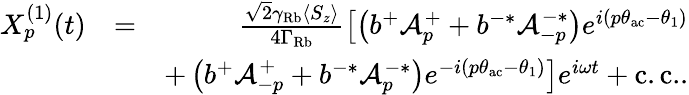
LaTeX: \begin{array}{rlr}{X_{p}^{(1)}(t)}&{=}&{\frac{\sqrt{2}\gamma_{\mathrm{Rb}}\langle S_{z}\rangle}{4\Gamma_{\mathrm{Rb}}}\left[\left(b^{+}\mathcal{A}_{p}^{+}+b^{-*}\mathcal{A}_{-p}^{-*}\right)e^{i(p\theta_{\mathrm{ac}}-\theta_{1})}\right.}\\ &{}&{\left.+\left(b^{+}\mathcal{A}_{-p}^{+}+b^{-*}\mathcal{A}_{p}^{-*}\right)e^{-i(p\theta_{\mathrm{ac}}-\theta_{1})}\right]e^{i\omega t}+\mathrm{c.c.}.}\end{array}